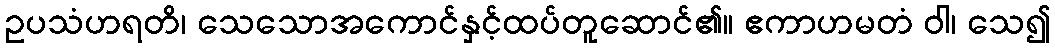
ဥပသံဟရတိ၊ သေသောအကောင်နှင့်ထပ်တူဆောင်၏။ ဧကာဟမတံ ဝါ၊ သေ၍